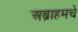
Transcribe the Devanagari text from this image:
अब्राहमचे